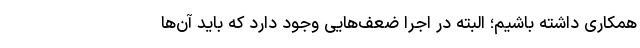
همکاری داشته باشیم؛ البته در اجرا ضعف‌هایی وجود دارد که باید آن‌ها